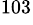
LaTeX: ^{103}